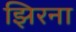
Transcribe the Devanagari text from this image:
झिरना